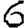
Digit: 6